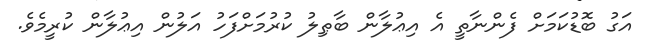
އަގު ބޮޑުކަމަށް ފެންނާތީ އެ އިޢުލާން ބާޠިލު ކުރުމަށްފަހު އަލުން އިޢުލާން ކުރީމެވެ.